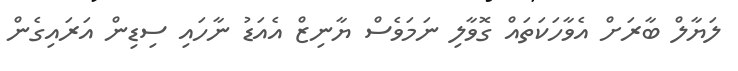
ލަޔާލް ބާރަށް އެވާހަކަތައް ގޮވާލި ނަމަވެސް ޔާނިޒް އެއަޑު ނާހައި ސިޑިން އަރައިގެން